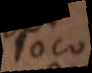
loco